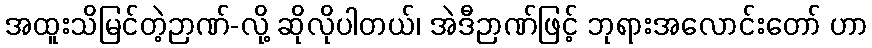
အထူးသိမြင်တဲ့ဉာဏ်-လို့ ဆိုလိုပါတယ်၊ အဲဒီဉာဏ်ဖြင့် ဘုရားအလောင်းတော် ဟာ